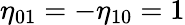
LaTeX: \eta_{01}=-\eta_{10}=1